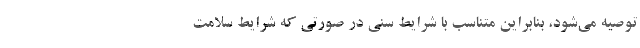
توصیه می‌شود، بنابراین متناسب با شرایط سنی در صورتی که شرایط سلامت